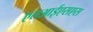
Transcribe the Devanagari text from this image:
एलआईएसएस